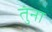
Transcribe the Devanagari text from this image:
तुंना